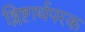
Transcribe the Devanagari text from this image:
श्लिष्टार्थपरक